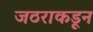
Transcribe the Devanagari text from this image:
जठराकडून